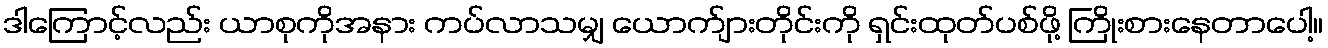
ဒါကြောင့်လည်း ယာစုကိုအနား ကပ်လာသမျှ ယောက်ျားတိုင်းကို ရှင်းထုတ်ပစ်ဖို့ ကြိုးစားနေတာပေါ့။